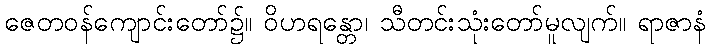
ဇေတဝန်ကျောင်းတော်၌။ ဝိဟရန္တော၊ သီတင်းသုံးတော်မူလျက်။ ရာဇာနံ